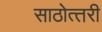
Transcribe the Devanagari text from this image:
साठोत्‍तरी